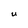
Character: U